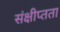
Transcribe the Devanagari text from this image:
संक्षीप्तता